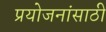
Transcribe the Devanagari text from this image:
प्रयोजनांसाठी